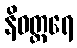
နိဝတ္တရေ